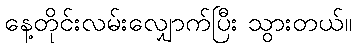
နေ့တိုင်းလမ်းလျှောက်ပြီး သွားတယ်။